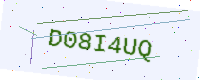
Text: D08I4UQ